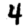
Digit: 4